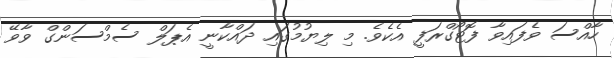
ހާއްސަ ވެފައިވާ ފޮޓޯގްރަފީ އެކެވެ. މި ލިޔުމުގައި ދައްކާނީ އެޕަލް ސެމްސަންގް ވާވޭ